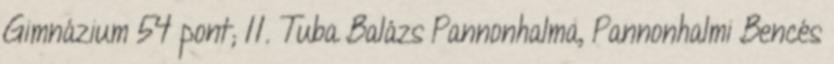
Gimnázium 54 pont; 11. Tuba Balázs Pannonhalma, Pannonhalmi Bencés